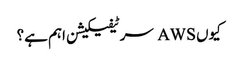
کیوں AWS سرٹیفیکیشن اہم ہے؟